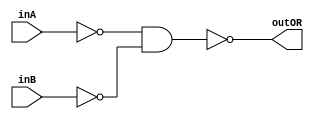
/* CSED273 lab1 experiment 2_ii */
/* lab1_2_ii.v */


/* Implement OR with {AND, NOT}
 * You are only allowed to wire modules together */
module lab1_2_ii(outOR, inA, inB);
    output wire outOR;
    input wire inA, inB;

    not(a, inA);
    not(b, inB);
    and(Z, a, b);
    not(outOR, Z);

endmodule